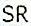
SR